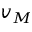
v _ { M }